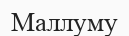
Маллуму